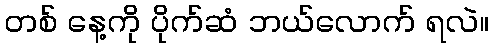
တစ် နေ့ကို ပိုက်ဆံ ဘယ်လောက် ရလဲ။